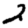
Digit: 2